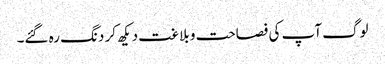
لوگ آپ کی فصاحت و بلاغت دیکھ کر دنگ رہ گئے۔